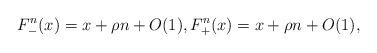
LaTeX: \begin{align*} F_-^n(x)= x+\rho n + O(1), F_+^n(x)= x+\rho n + O(1),\end{align*}